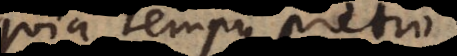
quia tempus pretio